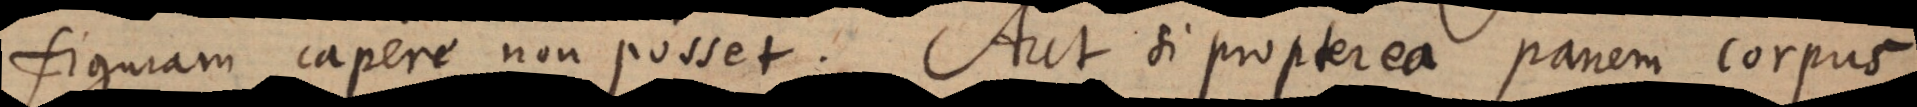
figuram capere non posset. Aut si propterea panem corpus